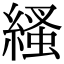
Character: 𦃐